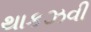
થાકઝવી